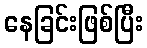
နေခြင်းဖြစ်ပြီး